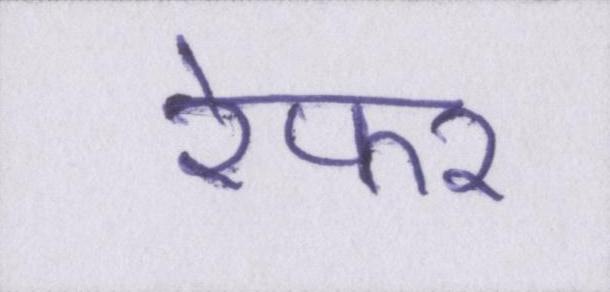
रेफर